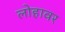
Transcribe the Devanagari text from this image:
लोहावर